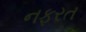
નફરત